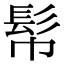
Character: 𩫹